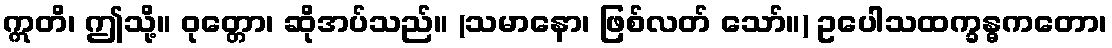
ဣတိ၊ ဤသို့။ ဝုတ္တော၊ ဆိုအပ်သည်။ (သမာနော၊ ဖြစ်လတ် သော်။) ဥပေါသထက္ခန္ဓကတော၊